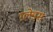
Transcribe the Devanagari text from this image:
ग़्लेडस